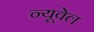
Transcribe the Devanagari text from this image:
न्यूवेल